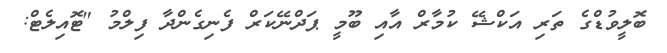
ބޮލީވުޑްގެ ތަރި އަކްޝޭ ކުމާރް އާއި ބޫމީ ޕަދްނޭކަރް ފެނިގެންދާ ފިލްމު "ޓޮއިލެޓް: